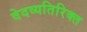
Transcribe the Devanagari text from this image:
वेदव्यतिरिक्त